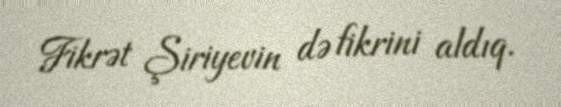
Fikrət Şiriyevin də fikrini aldıq.